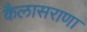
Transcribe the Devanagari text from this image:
कैलासराणा